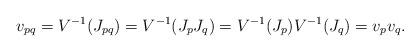
LaTeX: \begin{align*}v_{pq} = V^{-1}(J_{pq}) = V^{-1}(J_pJ_q) = V^{-1}(J_p)V^{-1}(J_q) = v_pv_q.\end{align*}